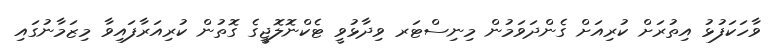
ވާހަކަފުޅު އިތުރަށް ކުރިއަށް ގެންދަވަމުން މިނިސްޓަރ ވިދާޅުވީ ޓެކްނޮލޮޖީގެ ގޮތުން ކުރިއަރާފައިވާ މިޒަމާނުގައި